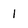
Character: 1